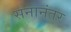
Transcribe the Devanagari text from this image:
सनानंतर